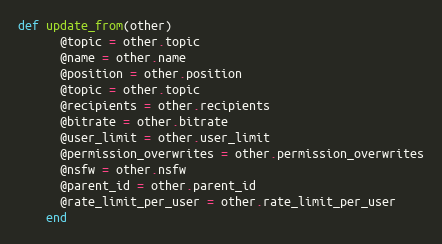
Language: Ruby
def update_from(other)
      @topic = other.topic
      @name = other.name
      @position = other.position
      @topic = other.topic
      @recipients = other.recipients
      @bitrate = other.bitrate
      @user_limit = other.user_limit
      @permission_overwrites = other.permission_overwrites
      @nsfw = other.nsfw
      @parent_id = other.parent_id
      @rate_limit_per_user = other.rate_limit_per_user
    end